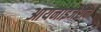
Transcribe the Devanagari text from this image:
आयनाइजेशन